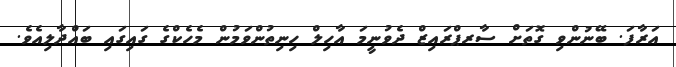
އަރާފަ. ބޭނުންވި ގޮތަށް ސާރޕްރައިޒް ދެވުނީމަ އާހިލް ހިނިތުންވަމުން މެހެކްގެ ގައިގައި ބައްދާލިއެވެ.